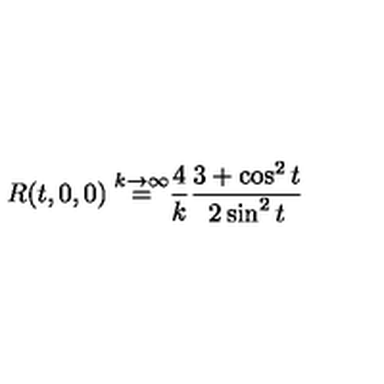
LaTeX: \frac { R ( t , 0 , 0 ) \buildrel { k \to \infty } } { = \frac { 4 } { k } \frac { 3 + \cos ^ { 2 } t } { 2 \sin ^ { 2 } t } }